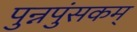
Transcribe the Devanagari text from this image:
पुन्नपुंसकम्‌